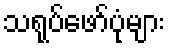
သရုပ်ဖော်ပုံများ